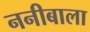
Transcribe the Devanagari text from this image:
ननीबाला